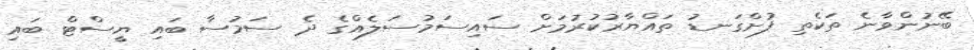
ބޭނުންވާނެ ތަކެތި ފުށްގަނޑު ތައްޔާރުކުރުމަށް ސައިސަމުސަލެއްގެ ދެ ސަމުސާ ބައި ޔީސްޓް ބައި